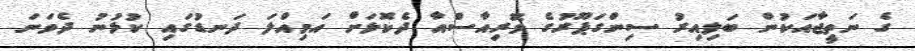
ގެ ނަތީޖާއަކުން ބަލިއިރު ސިންގަޕޫރުގެ ވޮރިއާސްއާ ދެކޮޅަށް އަމިއްލަ ދަނޑުގައި ކުޅުނު ދެވަނަ